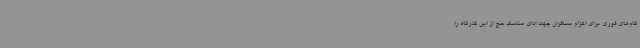
گام‌های فوری برای اعزام مسافران جهت ادای مناسک حج از این گذرگاه را